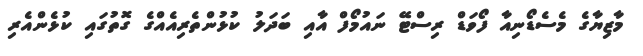
މާޒިޔާގެ މެސެޑޯނިއާ ފޯވަޑް ރިސްޓޭ ނައުމޯފް އާއި ބަދަލު ކުޅުންތެރިއެއްގެ ގޮތުގައި ކުޅެންއެރި